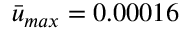
\Bar { u } _ { m a x } = 0 . 0 0 0 1 6